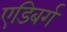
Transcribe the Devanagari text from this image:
एडिबर्ग